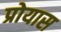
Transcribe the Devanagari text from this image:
प्रोयास